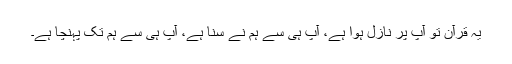
یہ قرآن تو آپؐ پر نازل ہوا ہے، آپؐ ہی سے ہم نے سنا ہے، آپؐ ہی سے ہم تک پہنچا ہے۔